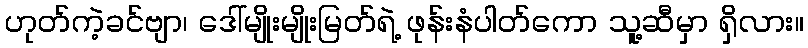
ဟုတ်ကဲ့ခင်ဗျာ၊ ဒေါ်မျိုးမျိုးမြတ်ရဲ့ ဖုန်းနံပါတ်ကော သူ့ဆီမှာ ရှိလား။